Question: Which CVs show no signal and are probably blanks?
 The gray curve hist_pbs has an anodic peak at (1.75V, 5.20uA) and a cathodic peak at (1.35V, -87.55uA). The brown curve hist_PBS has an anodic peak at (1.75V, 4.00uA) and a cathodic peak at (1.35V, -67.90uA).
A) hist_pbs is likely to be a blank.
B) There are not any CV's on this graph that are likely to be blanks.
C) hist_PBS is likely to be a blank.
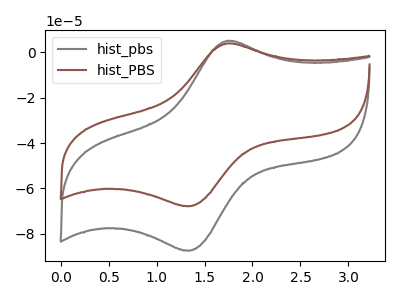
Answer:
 <answer>B) There are not any CV's on this graph that are likely to be blanks.</answer>
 <eval>B</eval>